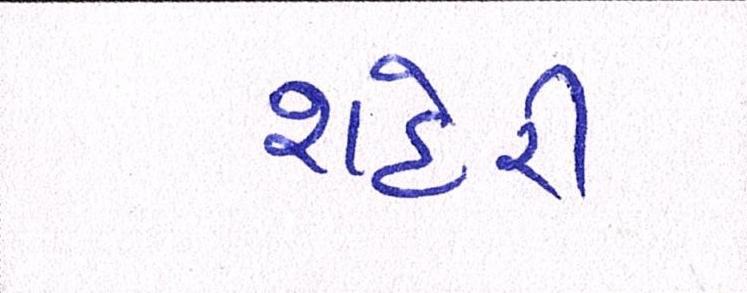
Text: શહેરી